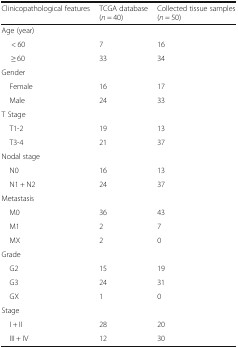
| Clinicopathological features | TCGA database (n = 40) | Collected tissue samples (n = 50) |
 | --- | --- | --- |
 | <COLSPAN=3> Age (year) |
 | < 60 | 7 | 16 |
 | ≥ 60 | 33 | 34 |
 | <COLSPAN=3> Gender |
 | Female | 16 | 17 |
 | Male | 24 | 33 |
 | <COLSPAN=3> T Stage |
 | T1-2 | 19 | 13 |
 | T3-4 | 21 | 37 |
 | <COLSPAN=3> Nodal stage |
 | N0 | 16 | 13 |
 | N1 + N2 | 24 | 37 |
 | <COLSPAN=3> Metastasis |
 | M0 | 36 | 43 |
 | M1 | 2 | 7 |
 | MX | 2 | 0 |
 | <COLSPAN=3> Grade |
 | G2 | 15 | 19 |
 | G3 | 24 | 31 |
 | GX | 1 | 0 |
 | <COLSPAN=3> Stage |
 | I + II | 28 | 20 |
 | III + IV | 12 | 30 |